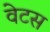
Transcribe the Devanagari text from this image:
वेटस